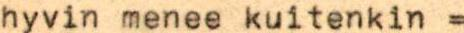
hyvin menee kuitenkin =